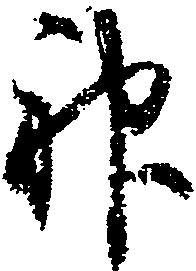
神